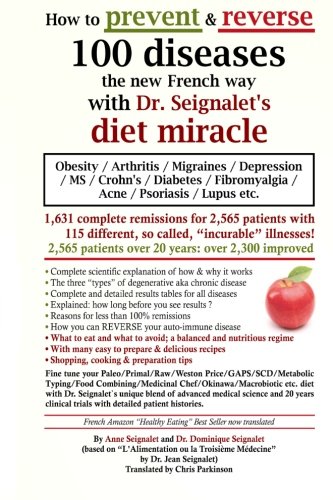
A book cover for How to prevent & reverse 100 diseases the new French way with Dr. Seignalet's diet miracle: Obesity - Arthritis -Migraines - Depression -MS -Crohn's - ... Fibromyalgia - Acne - Psoriasis - Lupus etc.; Dr. Dominique Seignalet; Health, Fitness & Dieting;